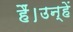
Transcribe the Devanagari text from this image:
हैं।उन्हें